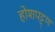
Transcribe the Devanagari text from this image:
होशपट्टण